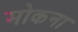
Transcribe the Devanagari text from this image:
मोकना